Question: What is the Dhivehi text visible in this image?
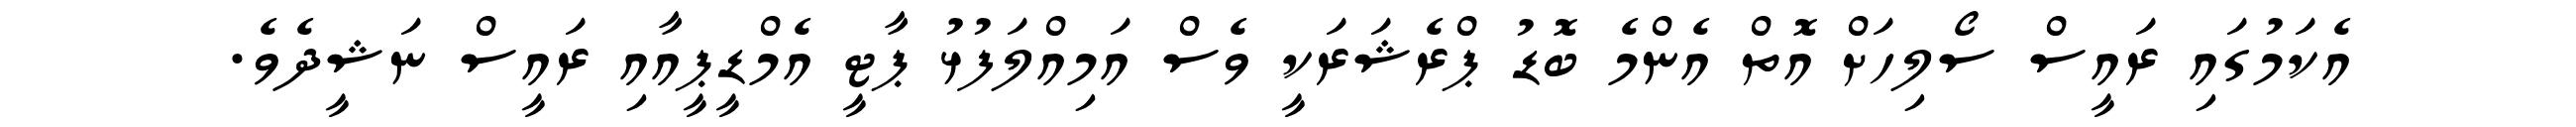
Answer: އެކަމުގައި ރައީސް ސޯލިހަށް އޮތް އެންމެ ބޮޑު ޕްރެޝަރަކީ ވެސް އަމިއްލަފުޅު ޕާޓީ އެމްޑީޕީއާއި ރައީސް ނަޝީދެވެ.